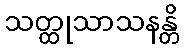
သတ္ထုသာသနန္တိ